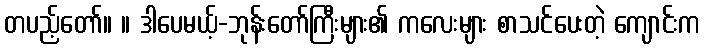
တပည့်တော်။ ။ ဒါပေမယ့်-ဘုန်းတော်ကြီးများ၏ ကလေးများ စာသင်ပေးတဲ့ ကျောင်းက